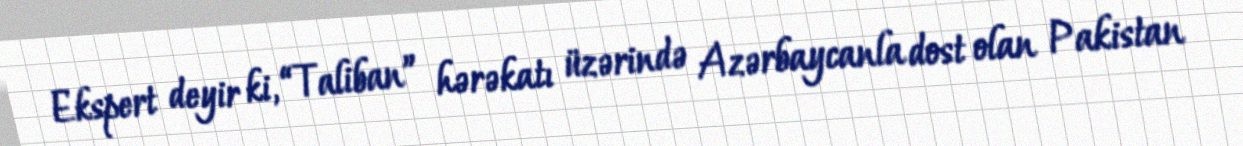
Ekspert deyir ki, “Taliban” hərəkatı üzərində Azərbaycanla dost olan Pakistan